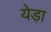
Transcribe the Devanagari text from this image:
येड़ा